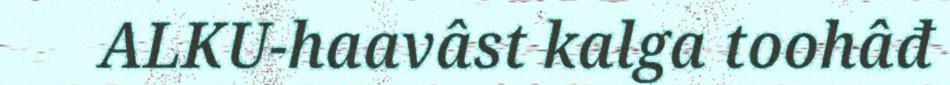
ALKU-haavâst kalga toohâđ